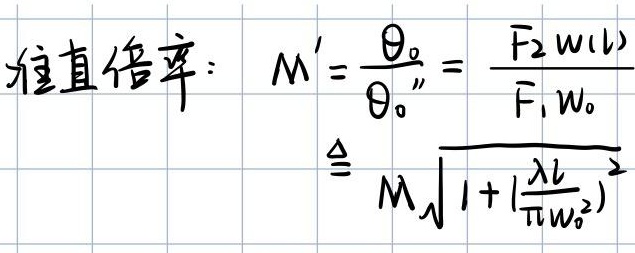
准直倍率： \(M'=\frac{\theta_{0}}{\theta_{0}''}=\frac{F_{2}w(z)}{F_{1}w_{0}}\)
\(\triangleq M\sqrt{1 + (\frac{\lambda z}{\pi w_{0}^{2}})^2}\)